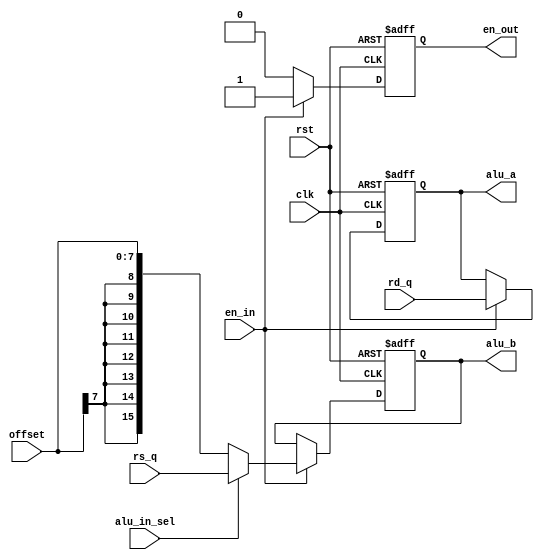
module alu_mux (
	input clk, 
	input rst, 
	input en_in,
	input [7:0] offset, 
	input [15:0] rd_q,
	input [15:0] rs_q,
	input alu_in_sel,
	output reg [15:0] alu_a,
	output reg [15:0] alu_b,
	output reg en_out
);
	always @ (negedge rst or posedge clk) begin
		if (rst == 1'b0) begin
			alu_a <= 16'b0000_0000_0000_0000 ;
			alu_b <= 16'b0000_0000_0000_0000 ;
			en_out  <= 1'b0;
		end		
		else 
			if (en_in == 1'b1) begin
				alu_a <= rd_q;
				en_out  <= 1'b1;
				if (alu_in_sel == 1'b0) 
					alu_b <= {{8{offset[7]}}, offset[7:0]} ; 
				else 
					alu_b <= rs_q;					
			end
			else en_out  <= 1'b0;
    end
endmodule